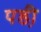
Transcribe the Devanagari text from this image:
पडी़